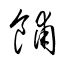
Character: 餔